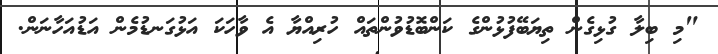
"މި ބިލާ ގުޅިގެން ތިޔަބޭފުޅުންގެ ކަންބޮޑުވުންތައް ހުރިއްޔާ އެ ވާހަކަ އަޅުގަނޑުމެން އަޑުއަހާނަން.